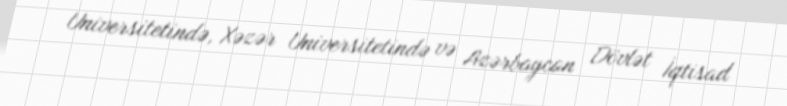
Universitetində, Xəzər Universitetində və Azərbaycan Dövlət İqtisad